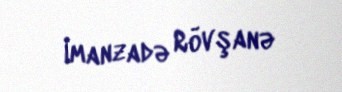
İmanzadə Rövşanə